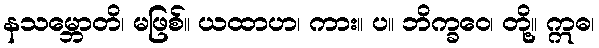
နသမ္ဘောတိ၊ မဖြစ်။ ယထာဟ၊ ကား။ ပ။ ဘိက္ခဝေ၊ တို့။ ဣဓ၊